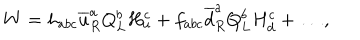
LaTeX: W = h _ { a b c } \overline { { { u } } } _ { R } ^ { a } Q _ { L } ^ { b } H _ { u } ^ { c } + f _ { a b c } \overline { { { d } } } _ { R } ^ { a } Q _ { L } ^ { b } H _ { d } ^ { c } + \ldots ,